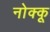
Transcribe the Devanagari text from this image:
नोक्कू